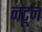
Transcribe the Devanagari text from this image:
नटून